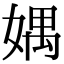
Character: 媀